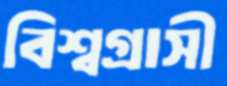
বিশ্বগ্রাসী